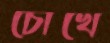
চোখে